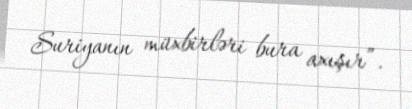
Suriyanın müxbirləri bura axışır”.